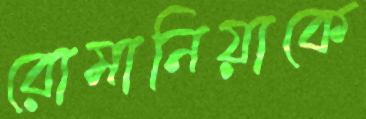
রোমানিয়াকে